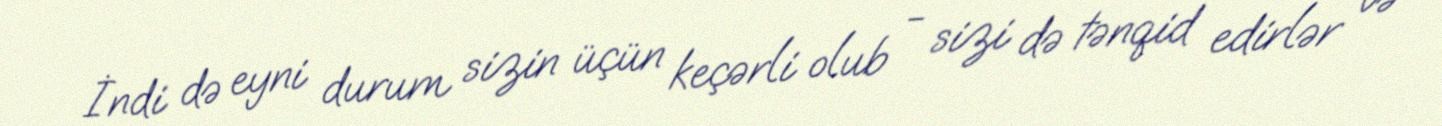
İndi də eyni durum sizin üçün keçərli olub - sizi də tənqid edirlər və